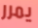
يمرر